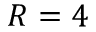
R = 4